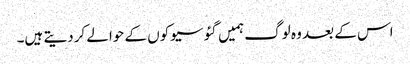
اس کے بعد وہ لوگ ہمیں گئو سیوکوں کے حوالے کردیتے ہیں۔